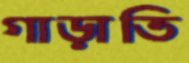
গাড়াতি